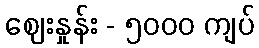
ဈေးနှုန်း - ၅၀၀၀ ကျပ်